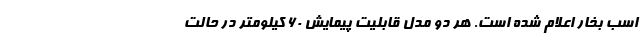
اسب بخار اعلام شده است. هر دو مدل قابلیت پیمایش 60 کیلومتر در حالت